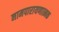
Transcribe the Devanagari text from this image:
नामपारायणात्मक